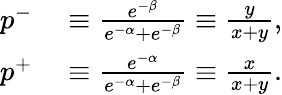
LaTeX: \begin{array}{rl}{p^{-}}&{{}\equiv\frac{e^{-\beta}}{e^{-\alpha}+e^{-\beta}}\equiv\frac{y}{x+y},}\\ {p^{+}}&{{}\equiv\frac{e^{-\alpha}}{e^{-\alpha}+e^{-\beta}}\equiv\frac{x}{x+y}.}\end{array}